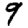
Digit: 9